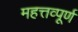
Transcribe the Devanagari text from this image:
महत्तव्पूर्ण